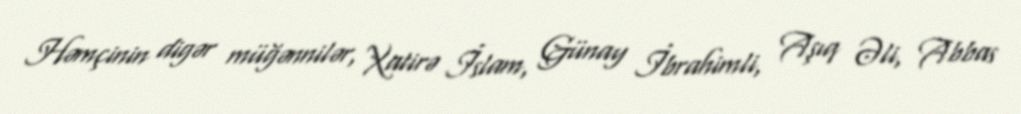
Həmçinin digər müğənnilər, Xatirə İslam, Günay İbrahimli, Aşıq Əli, Abbas